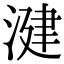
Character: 湕